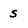
Character: s